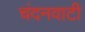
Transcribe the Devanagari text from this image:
चंदनवाटी